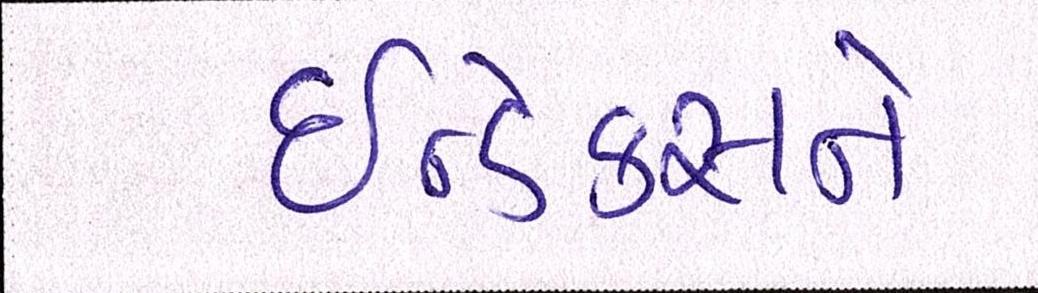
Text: ઇન્ડેક્સને